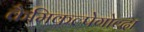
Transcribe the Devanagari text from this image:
कैमिकल्पेगोव्दा